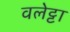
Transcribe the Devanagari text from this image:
वलेट्टा